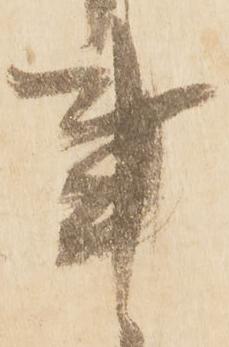
事